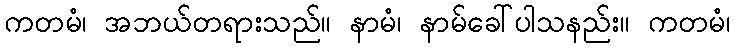
ကတမံ၊ အဘယ်တရားသည်။ နာမံ၊ နာမ်ခေါ်ပါသနည်း။ ကတမံ၊